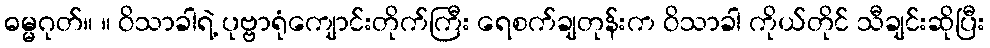
ဓမ္မဂုတ်။ ။ ဝိသာခါရဲ့ ပုဗ္ဗာရုံကျောင်းတိုက်ကြီး ရေစက်ချတုန်းက ဝိသာခါ ကိုယ်တိုင် သီချင်းဆိုပြီး